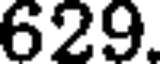
629.